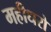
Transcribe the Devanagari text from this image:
महीधरो